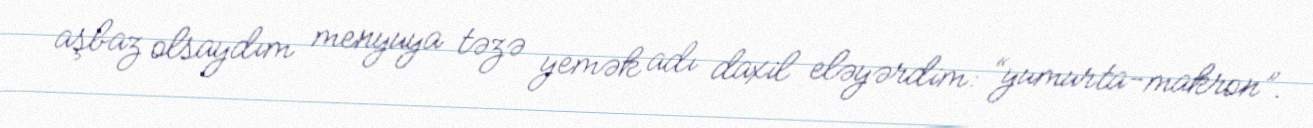
aşbaz olsaydım menyuya təzə yemək adı daxil eləyərdim: “yumurta-makron”.